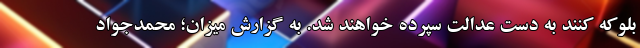
بلوکه کنند به دست عدالت سپرده خواهند شد. به گزارش میزان؛ محمدجواد